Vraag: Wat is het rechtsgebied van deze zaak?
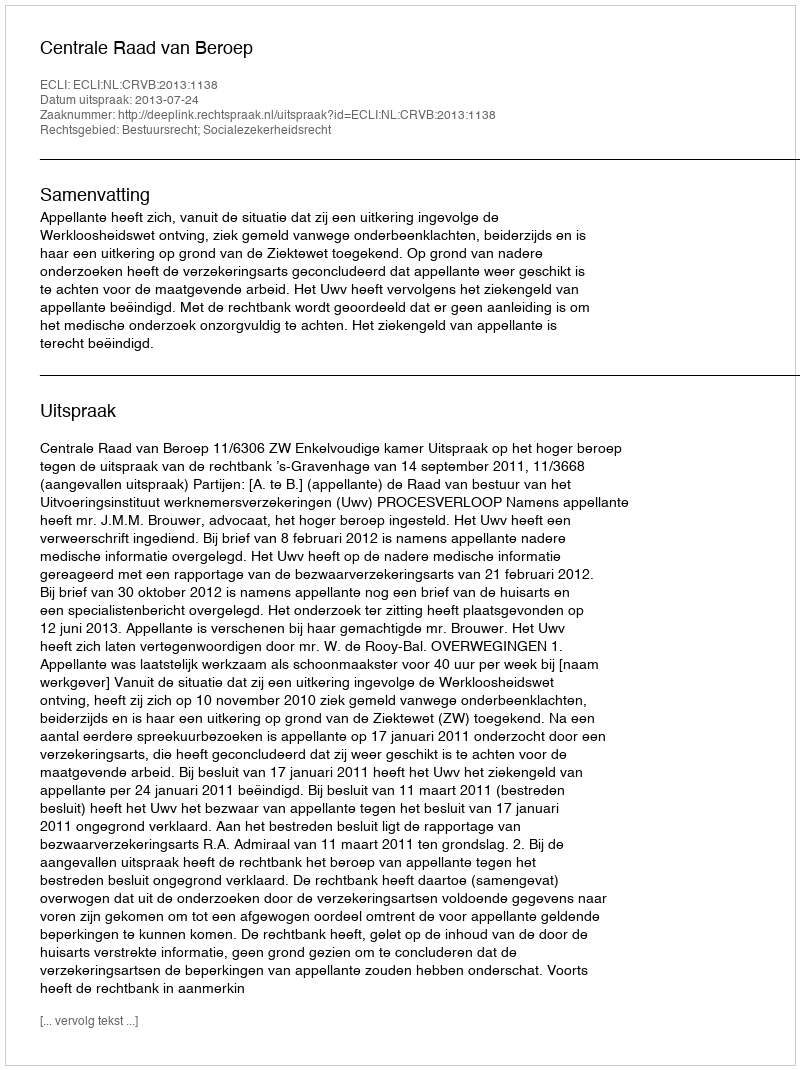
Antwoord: Bestuursrecht; Socialezekerheidsrecht